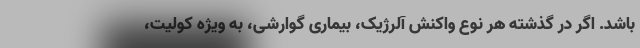
باشد. اگر در گذشته هر نوع واکنش آلرژیک، بیماری گوارشی، به ویژه کولیت،